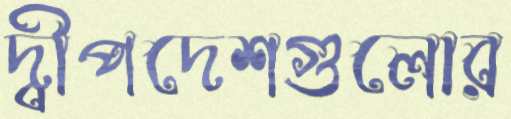
দ্বীপদেশগুলোর